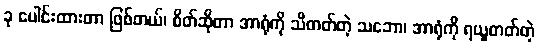
ခု ပေါင်းထားတာ ဖြစ်တယ်၊ စိတ်ဆိုတာ အာရုံကို သိတတ်တဲ့ သဘော၊ အာရုံကို ရယူတတ်တဲ့